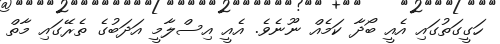
ހަގީގަތުގައި އެއީ ބޯދާ ކަމެއް ނޫނެވެ. އެއީ އިސްލާމީ އަދަބުގެ ތެރޭގައި މާތް